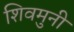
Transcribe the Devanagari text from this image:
शिवमुनी